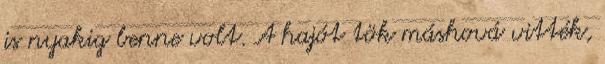
is nyakig benne volt. A hajót tök máshová vitték,